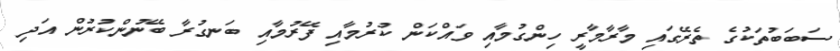
ސަބަބުތަކުގެ ތެރޭގައި މާރާމާރީ ހިންގުމާއި ވައްކަން ކުރުމާއި ފޭރުމާއި ބަނގުރާ ބޭނުންކުރުން އަދި